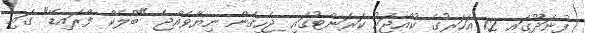
ފުނަދޫގައި 12 އަހަރުގެ ކުއްޖަކު ކަރަންޓުގައި ޖެހިގެން ނިޔާވެއްޖެ "ބްލެކް ފްރައިޑޭ" ގައި